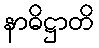
နာဓိဋ္ဌာတိ